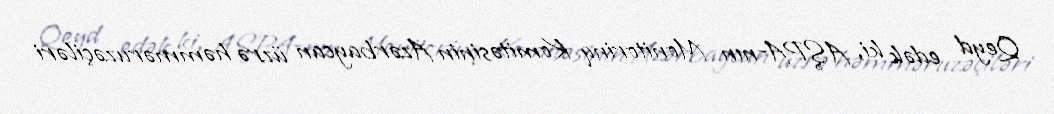
Qeyd edək ki, AŞPA-nın Monitorinq Komitəsinin Azərbaycan üzrə həmməruzəçiləri